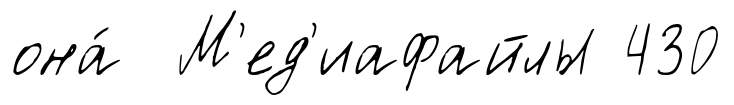
она́ М'ед'иафайлы 430